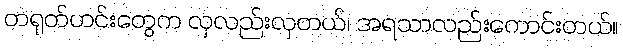
တရုတ်ဟင်းတွေက လှလည်းလှတယ်၊ အရသာလည်းကောင်းတယ်။